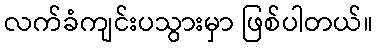
လက်ခံကျင်းပသွားမှာ ဖြစ်ပါတယ်။